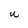
Character: U